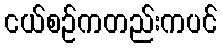
ငယ်စဉ်ကတည်းကပင်